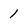
Character: 1